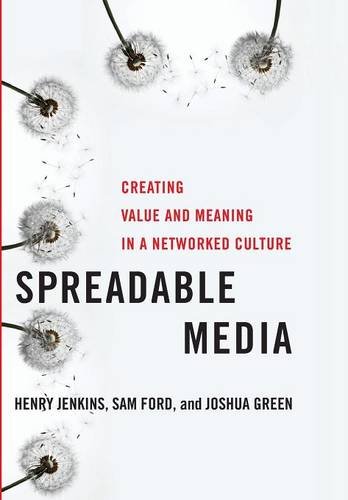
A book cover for Spreadable Media: Creating Value and Meaning in a Networked Culture (Postmillennial Pop); Henry Jenkins; Law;